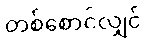
တစ်စောင်လျှင်